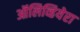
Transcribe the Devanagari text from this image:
ऑलिव्हियेरा